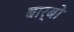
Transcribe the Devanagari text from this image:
बार्बो